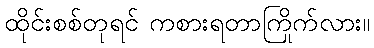
ထိုင်းစစ်တုရင် ကစားရတာကြိုက်လား။